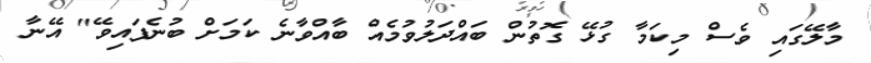
މާލޭގައި ވެސް މިކަމާ ގުޅޭ ގޮތުން ބައްދަލުވުމެއް ބާއްވާނެ ކަމަށް ބުނެފައިވޭ" އޭނާ